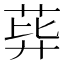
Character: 𦰙